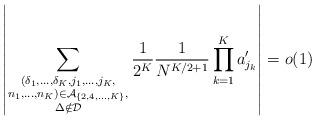
LaTeX: \begin{align*} \left|\sum_{\substack{(\delta_1,\ldots,\delta_K,j_1,\ldots,j_K,\\ n_1,\ldots,n_K)\in\mathcal{A}_{\{2,4,\ldots,K\}},\\ \Delta \notin\mathcal{D}}}\frac{1}{2^K}\frac{1}{N^{K/2+1}}\prod_{k=1}^Ka'_{j_k}\right|=o(1)\end{align*}